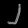
Digit: ၂